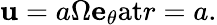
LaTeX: \mathbf{u}=a\Omega\mathbf{e}_{\theta}\textrm{at}r=a.